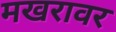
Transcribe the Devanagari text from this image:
मखरावर